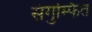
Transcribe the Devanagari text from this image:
संगुम्फित